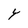
Character: Y